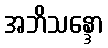
အဘိသန္ဒော